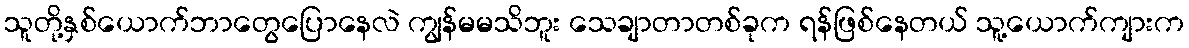
သူတို့နှစ်ယောက်ဘာတွေပြောနေလဲ ကျွန်မမသိဘူး သေချာတာတစ်ခုက ရန်ဖြစ်နေတယ် သူ့ယောက်ကျားက